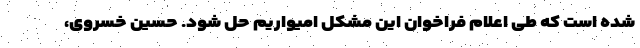
شده است که طی اعلام فراخوان این مشکل امیواریم حل شود. حسین خسروی،